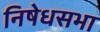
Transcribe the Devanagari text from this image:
निषेधसभा